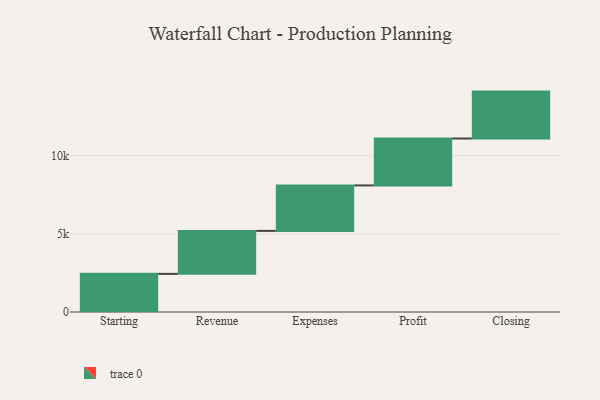
{"axis": {"x": "Step", "y": "Value"}, "legend": [""], "data": [{"x": "Starting", "y": 2439.0, "type": ""}, {"x": "Revenue", "y": 2748.0, "type": ""}, {"x": "Expenses", "y": 2906.0, "type": ""}, {"x": "Profit", "y": 3000, "type": ""}, {"x": "Closing", "y": 3000, "type": ""}]}